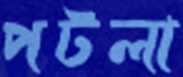
পটলা